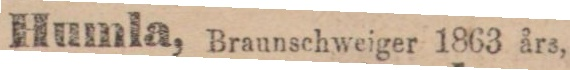
Humla, Braunschweiger 1863 års,